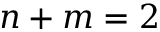
n + m = 2